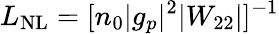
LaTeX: L_{\mathrm{NL}}=[n_{0}|g_{p}|^{2}|W_{22}|]^{-1}